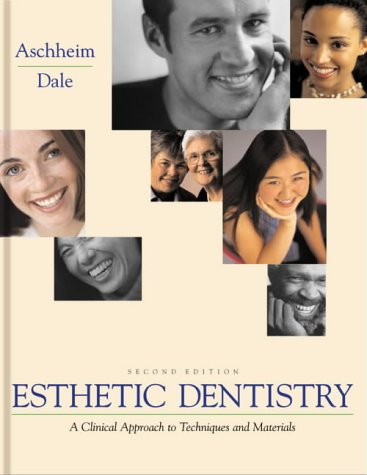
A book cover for Esthetic Dentistry: A Clinical Approach to Techniques and Materials; Kenneth W. Aschheim DDS; Medical Books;